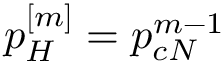
p _ { H } ^ { [ m ] } = p _ { c N } ^ { m - 1 }